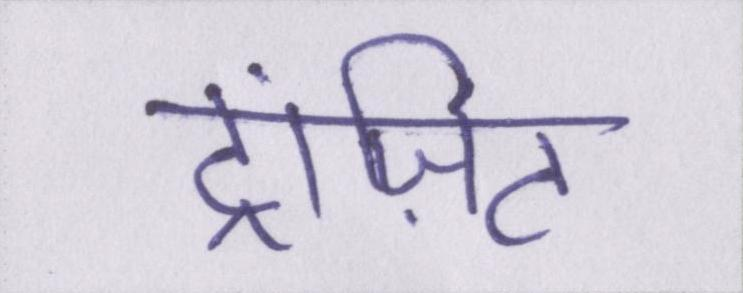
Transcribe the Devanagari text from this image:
ट्रांज़िट